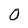
Character: O